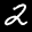
Label: 2